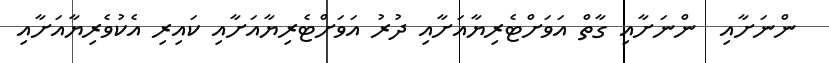
ންނަށާއި  ންނަށާއި ގާތް އަވަށްޓެރިޔާއަށާއި ދުރު އަވަށްޓެރިޔާއަށާއި ކައިރި އެކުވެރިޔާއަށާއި